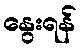
နွေးရန်